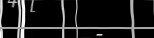
-